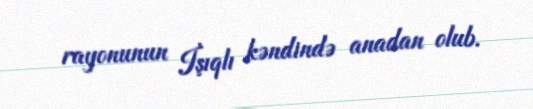
rayonunun İşıqlı kəndində anadan olub.